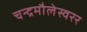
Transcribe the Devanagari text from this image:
चन्द्रमौलेस्वरर